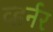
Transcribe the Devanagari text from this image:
व्हर्नर